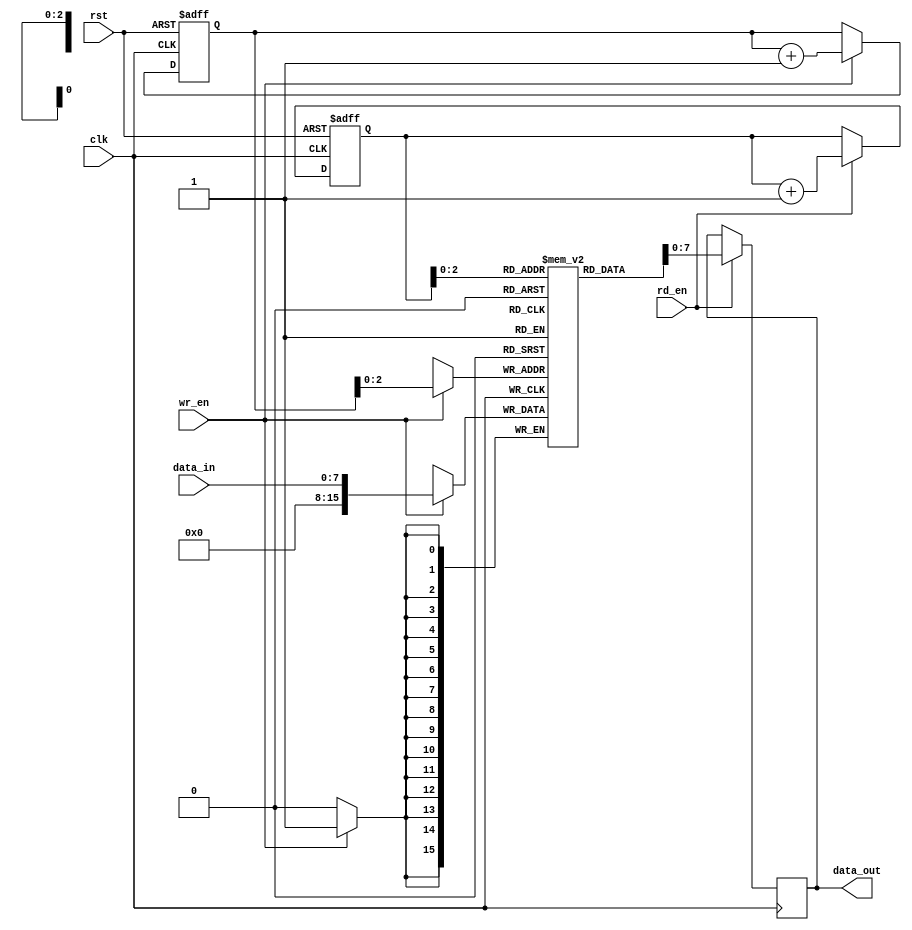
module timing_controlled_fifo (
    input clk,
    input rst,
    input wr_en,
    input rd_en,
    input [DATA_WIDTH-1:0] data_in,
    output reg [DATA_WIDTH-1:0] data_out
);

parameter DEPTH = 16; // Depth of FIFO buffer
parameter DATA_WIDTH = 8; // Width of data bus

reg [DEPTH-1:0] mem [DATA_WIDTH-1:0]; // FIFO memory
reg [DEPTH-1:0] wr_ptr, rd_ptr; // Write and read pointers

// Synchronize write and read pointers with clock signal
always @(posedge clk or posedge rst) begin
    if (rst) begin
        wr_ptr <= 0;
        rd_ptr <= 0;
    end else begin
        if (wr_en) begin
            wr_ptr <= wr_ptr + 1;
        end
        if (rd_en) begin
            rd_ptr <= rd_ptr + 1;
        end
    end
end

// Write data to FIFO buffer
always @(posedge clk) begin
    if (wr_en) begin
        mem[wr_ptr] <= data_in;
    end
end

// Read data from FIFO buffer
always @(posedge clk) begin
    if (rd_en) begin
        data_out <= mem[rd_ptr];
    end
end

endmodule